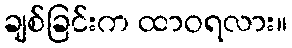
ချစ်ခြင်းက ထာဝရလား။